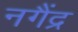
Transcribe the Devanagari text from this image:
नगैंद्र